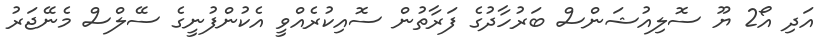
އަދި އޯ2 ޔޫ ސޮލިއުޝަންސް ބަރުހާދުގެ ފަރާތުން ސޮއިކުރެއްވީ އެކުންފުނީގެ ސޭލްސް މެނޭޖަރު